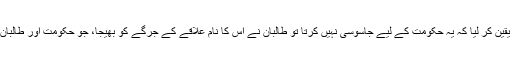
جب طالبان نے اپنے ذرائع سے اس بات کا یقین کر لیا کہ یہ حکومت کے لیے جاسوسی نہیں کرتا تو طالبان نے اس کا نام علاقے کے جرگے کو بھیجا، جو حکومت اور طالبان کے درمیان مصالحت کا کام انجام دیتا ہے۔